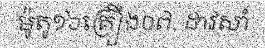
ម៉ូតូ១៦គ្រឿង០៧. ដាវសាំ